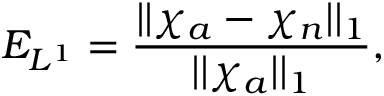
E _ { L ^ { 1 } } = \frac { | | \chi _ { a } - \chi _ { n } | | _ { 1 } } { | | \chi _ { a } | | _ { 1 } } ,